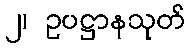
၂၊ ဥပဋ္ဌာနသုတ်